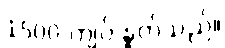
1500 ကျပ် နှုတ်သည်။